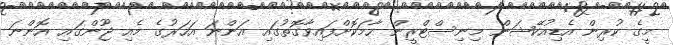
މީގެ ކުރިން އެޑިއުކޭޝަން މިނިސްޓްރީން ހާމަކޮށްފައިވާގޮތުގައި އަންނަ އަހަރުގެ މެއި ޖޫންގައި އޮންނަ